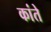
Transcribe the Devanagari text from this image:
कांते